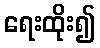
ရေးထိုး၍